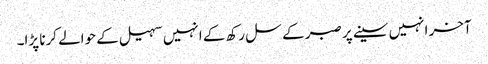
آخر انہیں سینے پر صبر کے سل رکھ کے انہیں سہیل کے حوالے کرنا پڑا۔